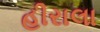
હીરાલા